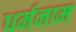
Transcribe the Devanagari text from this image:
धर्मनाम